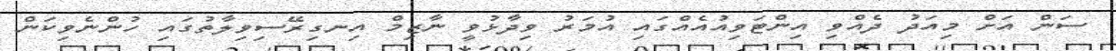
ސަން އަށް މިއަދު ދެއްވި އިންޓަވިއުއެއްގައި އުމަރު ވިދާޅުވީ ނާޒިމް އިނގިރޭސިވިލާތުގައި ހުންނެވިކަން